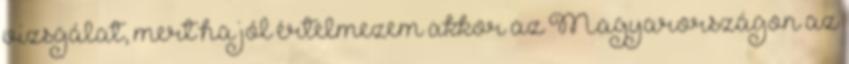
vizsgálat, mert ha jól értelmezem akkor az Magyarországon az